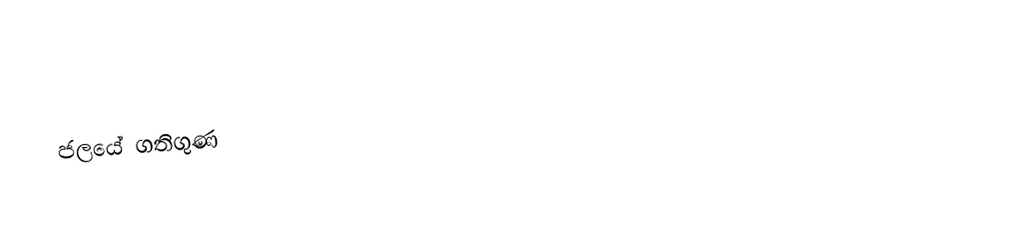
ජලයේ ගතිගුණ